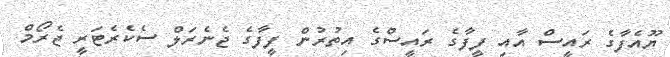
ޔޫއެފާގެ ރައީސް އާއި ފީފާގެ ރައީސްގެ އިތުރުން ފީފާގެ ޖެނެރަލް ސެކެރެޓަރީ ޖެރޯމް